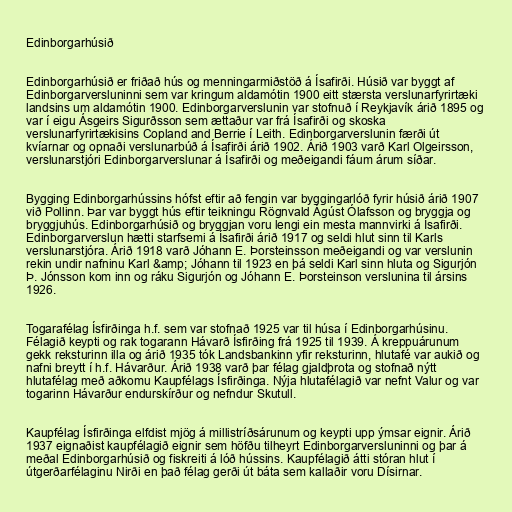
Edinborgarhúsið

Edinborgarhúsið er friðað hús og menningarmiðstöð á Ísafirði. Húsið var byggt af
Edinborgarversluninni sem var kringum aldamótin 1900 eitt stærsta verslunarfyrirtæki
landsins um aldamótin 1900. Edinborgarverslunin var stofnuð í Reykjavík árið 1895 og
var í eigu Ásgeirs Sigurðsson sem ættaður var frá Ísafirði og skoska
verslunarfyrirtækisins Copland and Berrie í Leith. Edinborgarverslunin færði út
kvíarnar og opnaði verslunarbúð á Ísafirði árið 1902. Árið 1903 varð Karl Olgeirsson,
verslunarstjóri Edinborgarverslunar á Ísafirði og meðeigandi fáum árum síðar.

Bygging Edinborgarhússins hófst eftir að fengin var byggingarlóð fyrir húsið árið 1907
við Pollinn. Þar var byggt hús eftir teikningu Rögnvald Ágúst Ólafsson og bryggja og
bryggjuhús. Edinborgarhúsið og bryggjan voru lengi ein mesta mannvirki á Ísafirði.
Edinborgarverslun hætti starfsemi á Ísafirði árið 1917 og seldi hlut sinn til Karls
verslunarstjóra. Árið 1918 varð Jóhann E. Þorsteinsson meðeigandi og var verslunin
rekin undir nafninu Karl &amp; Jóhann til 1923 en þá seldi Karl sinn hluta og Sigurjón
Þ. Jónsson kom inn og ráku Sigurjón og Jóhann E. Þorsteinson verslunina til ársins
1926.

Togarafélag Ísfirðinga h.f. sem var stofnað 1925 var til húsa í Edinborgarhúsinu.
Félagið keypti og rak togarann Hávarð Ísfirðing frá 1925 til 1939. Á kreppuárunum
gekk reksturinn illa og árið 1935 tók Landsbankinn yfir reksturinn, hlutafé var aukið og
nafni breytt í h.f. Hávarður. Árið 1938 varð þar félag gjaldþrota og stofnað nýtt
hlutafélag með aðkomu Kaupfélags Ísfirðinga. Nýja hlutafélagið var nefnt Valur og var
togarinn Hávarður endurskírður og nefndur Skutull.

Kaupfélag Ísfirðinga elfdist mjög á millistríðsárunum og keypti upp ýmsar eignir. Árið
1937 eignaðist kaupfélagið eignir sem höfðu tilheyrt Edinborgarversluninni og þar á
meðal Edinborgarhúsið og fiskreiti á lóð hússins. Kaupfélagið átti stóran hlut í
útgerðarfélaginu Nirði en það félag gerði út báta sem kallaðir voru Dísirnar.